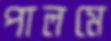
পালমে